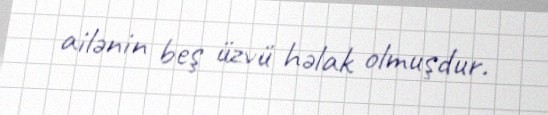
ailənin beş üzvü həlak olmuşdur.